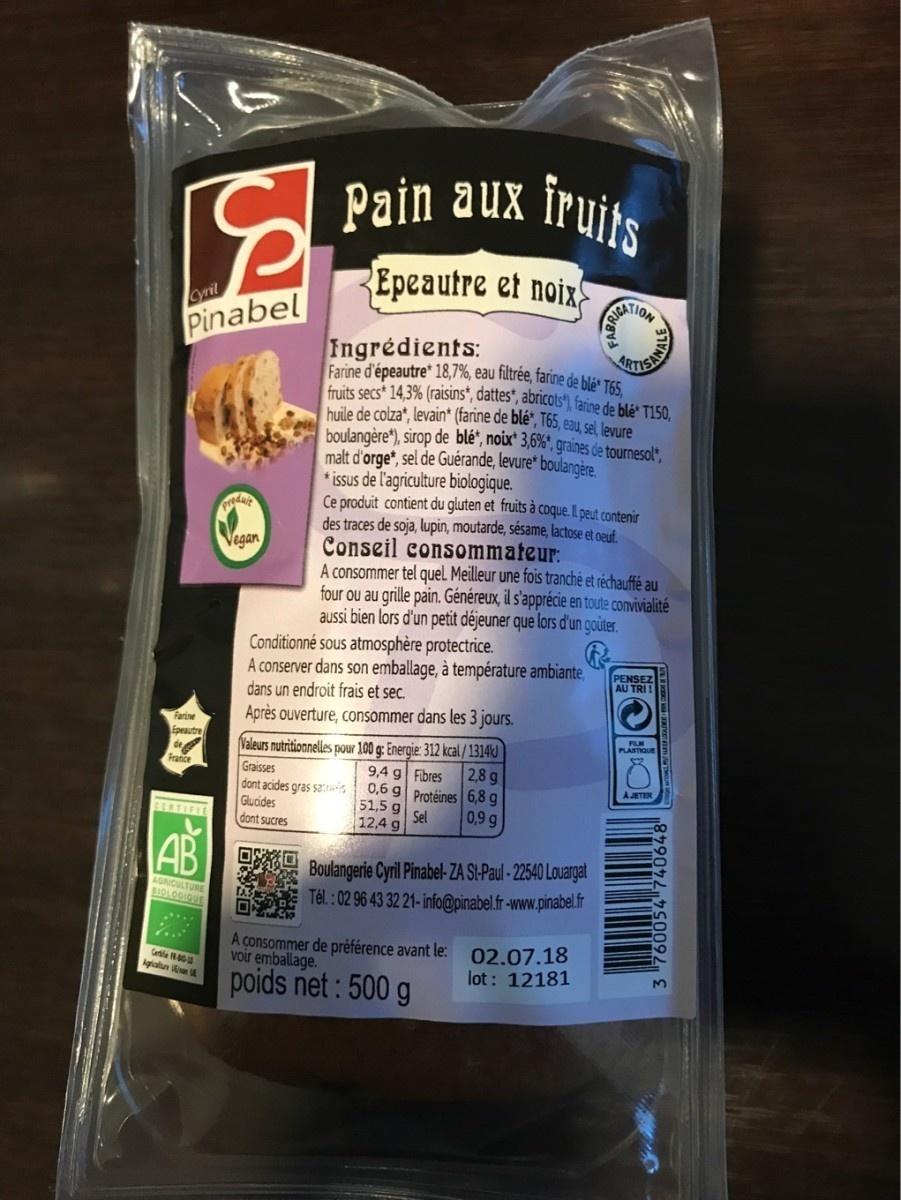
Cyril
Pinabel
Farine
Epeautre
de
CERTIFIE
AB
AGRICULTURE BIOLOGIQUE
Cele 1800 Agricatur
produit
Vegan
Pain aux fruits
Epeautre et noix
Ingrédients:
ARTISAN
Farine d'épeautre* 18,7%, eau filtrée, farine de blé T65, fruits secs* 14,3% (raisins*, dattes*, abricots"), farine de blé T150, huile de colza, levain* (farine de blé, T65, eau, sel, levure boulangère"), sirop de blé, noix* 3,6%*, graines de tournesol*, malt d'orge*, sel de Guérande, levure* boulangère. *issus de l'agriculture biologique.
Ce produit contient du gluten et fruits à coque. Il peut contenir des traces de soja, lupin, moutarde, sésame, lactose et oeuf. Conseil consommateur:
O
A consommer tel quel Meilleur une fois tranché et réchauffé au four ou au grille pain. Généreux, il s'apprécie en toute convivialité aussi bien lors d'un petit déjeuner que lors d'un goûter.
Conditionné sous atmosphère protectrice.
A conserver dans son emballage, à température ambiante, dans un endroit frais et sec.
Après ouverture, consommer dans les 3 jours.
Valeurs nutritionnelles pour 100 g: Energie: 312 kcal/1314
Graisses
dont acides gras sa
Glucides
dont sucres
9,4 g Fibres 2,8 g
0,6 g
51,5 g
12,4 g
Protéines 6,8 g
Sel
0,9 g
Boulangerie Cyril Pinabel-ZA St-Paul-22540 Louargat Tél.: 02 96 43 32 21- info@pinabel.fr-www.pinabel.fr
A consommer de préférence avant le: 02.07.18 voir emballage. lot: 12181
poids net: 500 g
PENSEZ AU TRI!
FILM
PLASTIQUE
AJETER
3 "760054 740648